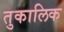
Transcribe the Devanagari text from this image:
तुकालिक